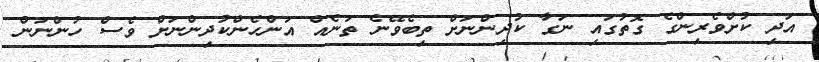
އަދި ކުށްވެރިންގެ ގޮތުގައި ނަގާ ކުދިންނަށް ތިބެވޭނެ ތަނެއް އަންހެންކުދިންނަށް ވެސް ހުންނަން